Report on the working of the Ranchi Indian Mental Hospital, Kanke, in Bihar and Orissa - 1930-1940
Year: 1930
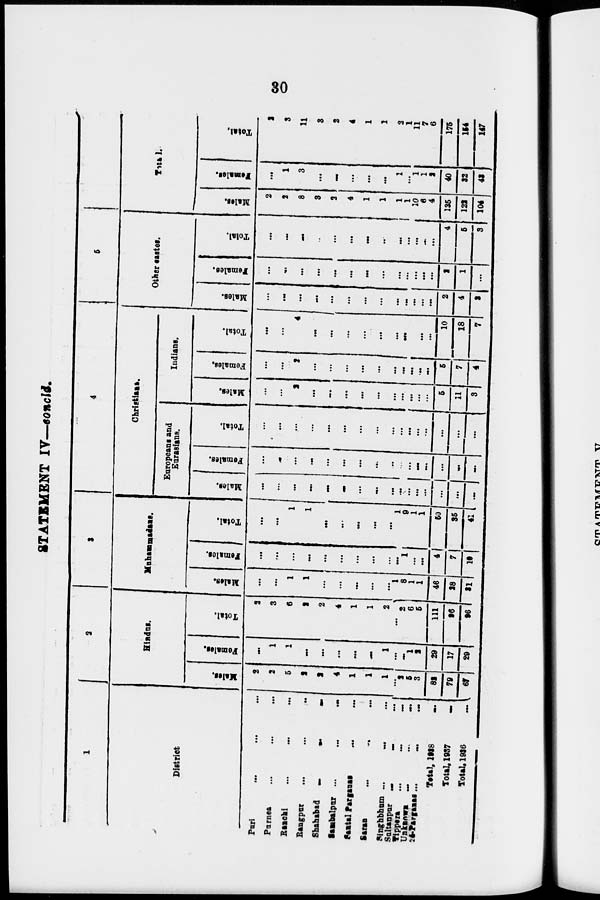
30
STATEMENT IV—concld.
1
District
Puri ... ... ...
Purnea
...
...
...
Ranchi
...
...
...
Rangpur ... ... ...
Shahabad
...
...
...
Sambalpur ... ... ...
Sental Parganas ... ... ...
Seras ... ... ...
Singhbhum ... ... ...
Sultanpur
...
...
...
Tippera
...
...
...
Unknown ... ... ...
24-Parganas ... ... ...
Total, 1938 ...
Total, 1937
...
Total, 1936
...
2
Hindus.
Males.
2
2
5
2
2
4
1
1
1
...
2
5
3
82
79
67
Females.
...
1
1
...
...
...
...
...
1
...
...
1
2
29
17
29
Total.
2
3
6
2
2
4
1
1
2
...
2
6
5
111
96
96
3
Muhammadans.
Males.
...
...
1
1
...
...
...
...
...
1
8
1
1
46
28
31
Females.
...
...
...
...
...
...
...
...
...
...
1
...
...
4
7
10
Total.
...
...
1
1
...
...
...
...
...
1
9
1
1
50
35
41
4
Christians.
Europeans and
Eurasians.
Males.
...
...
...
...
...
...
...
...
...
...
...
...
...
...
...
...
Females.
...
...
...
...
...
...
...
...
...
...
...
...
...
...
...
...
Total.
...
...
...
...
...
...
...
...
...
...
...
...
...
...
...
...
Indians.
Males.
...
...
2
...
...
...
...
...
...
...
...
...
5
11
3
Females.
...
...
2
...
...
...
...
...
...
...
...
...
...
5
7
4
Total.
...
...
4
...
...
...
...
...
...
...
...
...
...
10
18
7
5
Other castes.
Males.
...
...
...
...
...
...
...
...
...
...
...
...
...
2
4
3
Females.
...
...
...
...
...
...
...
...
...
...
...
...
...
2
1
...
Total.
...
...
...
...
...
...
...
...
...
...
...
...
...
4
5
3
6
Total.
Males.
2
2
8
3
2
4
1
1
1
1
10
6
4
135
122
104
Females.
...
1
3
...
...
...
...
...
1
...
1
1
2
40
32
43
Total.
2
3
11
3
2
4
1
1
2
1
11
7
6
175
154
147